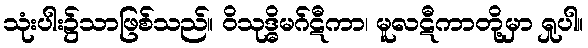
သုံးပါး၌သာဖြစ်သည်။ ဝိသုဒ္ဓိမဂ်ဋီကာ၊ မူလဋီကာတို့မှာ ရှုပါ။